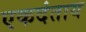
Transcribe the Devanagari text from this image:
एकदंताय